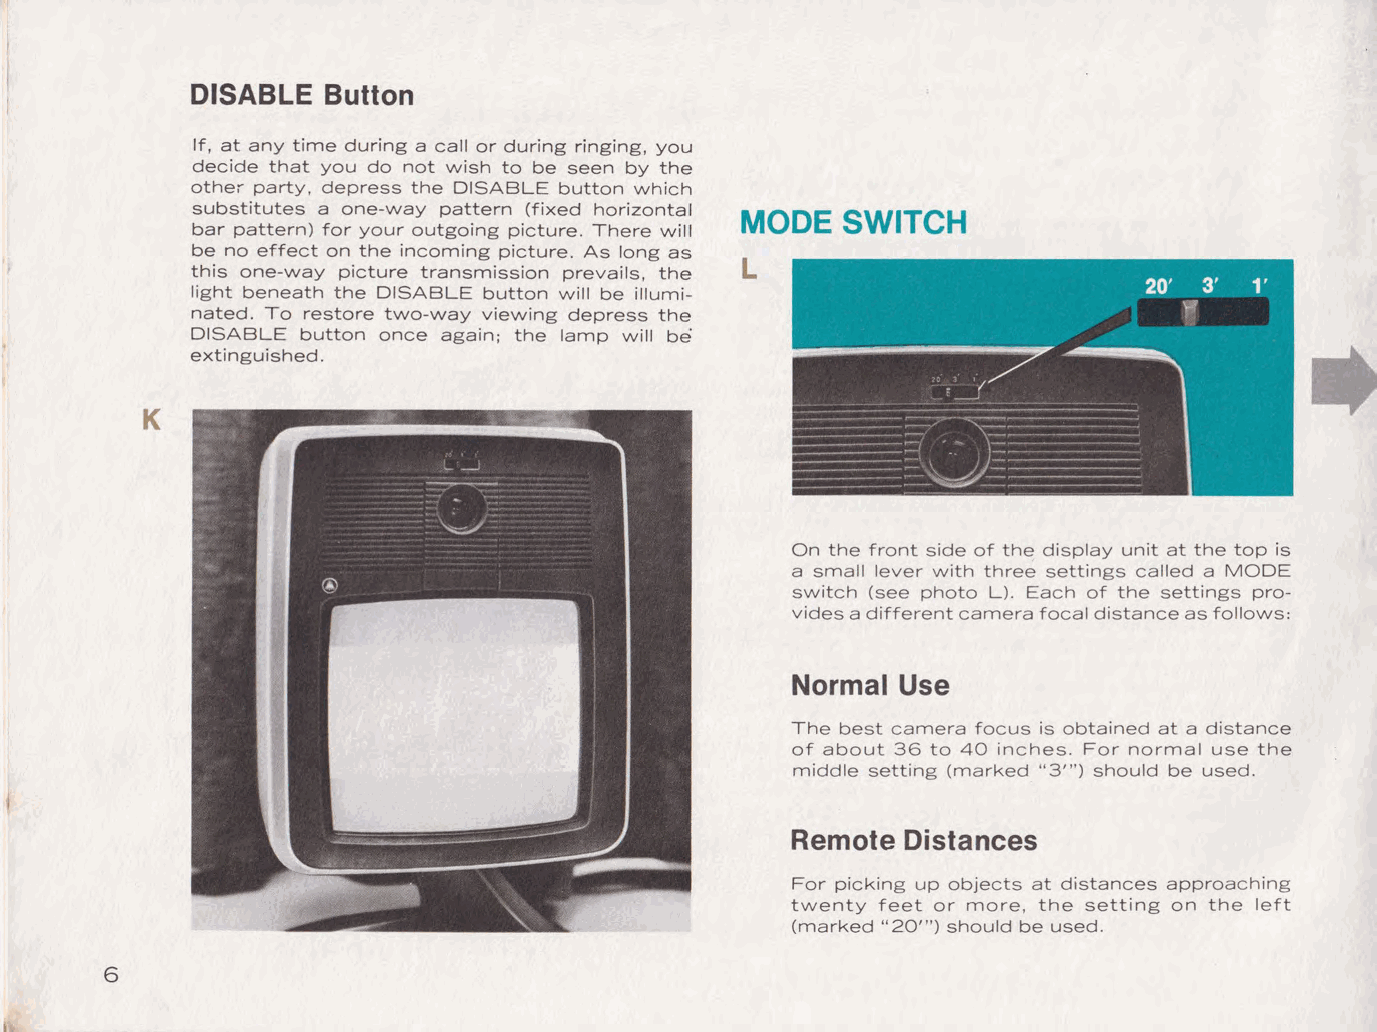
DISABLE Button
 If, at any time during a call or during ringing, you
 decide that you do not wish to be seen by the
 other party, depress the DISABLE button which
 substitutes a one-way pattern (fixed horizontal
 MODE   SWITCH
 bar pattern) for your outgoing picture. There will
 be no effect on the incoming picture. As long as
 L
 this one-way picture transmission prevails, the
 light beneath the DISABLE button will be illumi
 nated. To restore two-way viewing depress the
 DISABLE button once again; the lamp will be
 extinguished.
 K
 On the front side of the display unit at the top is
 a small lever with three settings called a MODE
 switch (see photo L). Each of the settings pro
 vides a different camera focal distance as follows:
 Normal Use
 The best camera focus is obtained at a distance
 of about 36 to 40 inches. For normal use the
 middle setting (marked "3'") should be used.
 Remote  Distances
 For picking up objects at distances approaching
 twenty feet or more, the setting on the left
 (marked "20'") should be used.
 6